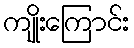
ကျိုးကြောင်း